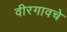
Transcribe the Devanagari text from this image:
वीरगावचे